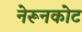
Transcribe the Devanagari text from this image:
नेरूनकोट